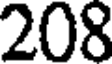
208